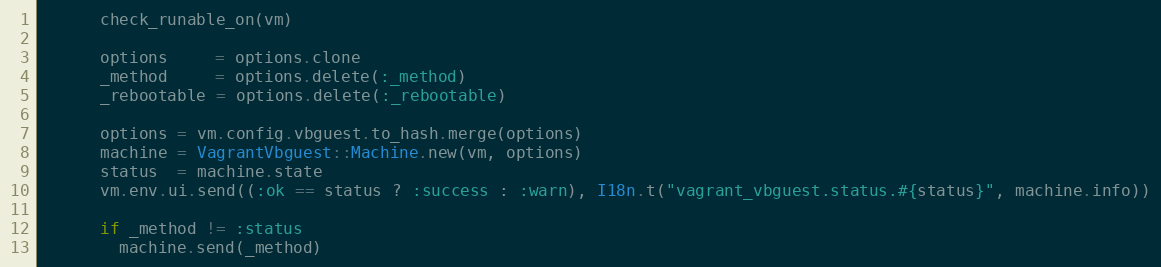
Language: Ruby
      check_runable_on(vm)

      options     = options.clone
      _method     = options.delete(:_method)
      _rebootable = options.delete(:_rebootable)

      options = vm.config.vbguest.to_hash.merge(options)
      machine = VagrantVbguest::Machine.new(vm, options)
      status  = machine.state
      vm.env.ui.send((:ok == status ? :success : :warn), I18n.t("vagrant_vbguest.status.#{status}", machine.info))

      if _method != :status
        machine.send(_method)